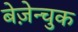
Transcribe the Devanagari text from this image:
बेज़ेन्चुक